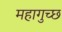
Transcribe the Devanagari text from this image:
महागुच्छ